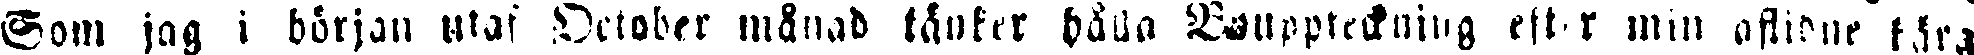
Som jag i början utan October månad tänker hålla Bouppteckning efter min aflidne kära